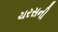
ચરસની